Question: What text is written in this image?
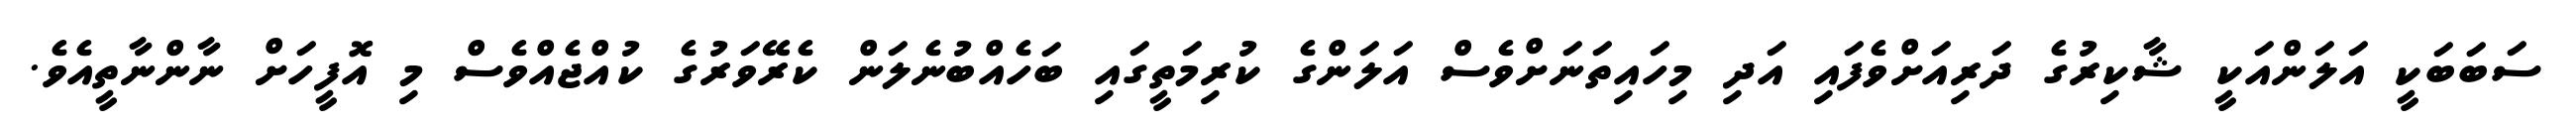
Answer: ސަބަބަކީ އަލަންއަކީ ޝާކިރުގެ ދަރިއަށްވެފައި އަދި މިހައިތަނަށްވެސް އަލަންގެ ކުރިމަތީގައި ބަހެއްބުނެލަން ކެރޭވަރުގެ ކުއްޖެއްވެސް މި އޮފީހަށް ނާންނާތީއެވެ.